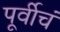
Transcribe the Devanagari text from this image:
पूर्वीचं